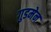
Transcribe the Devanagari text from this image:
गुडमेन